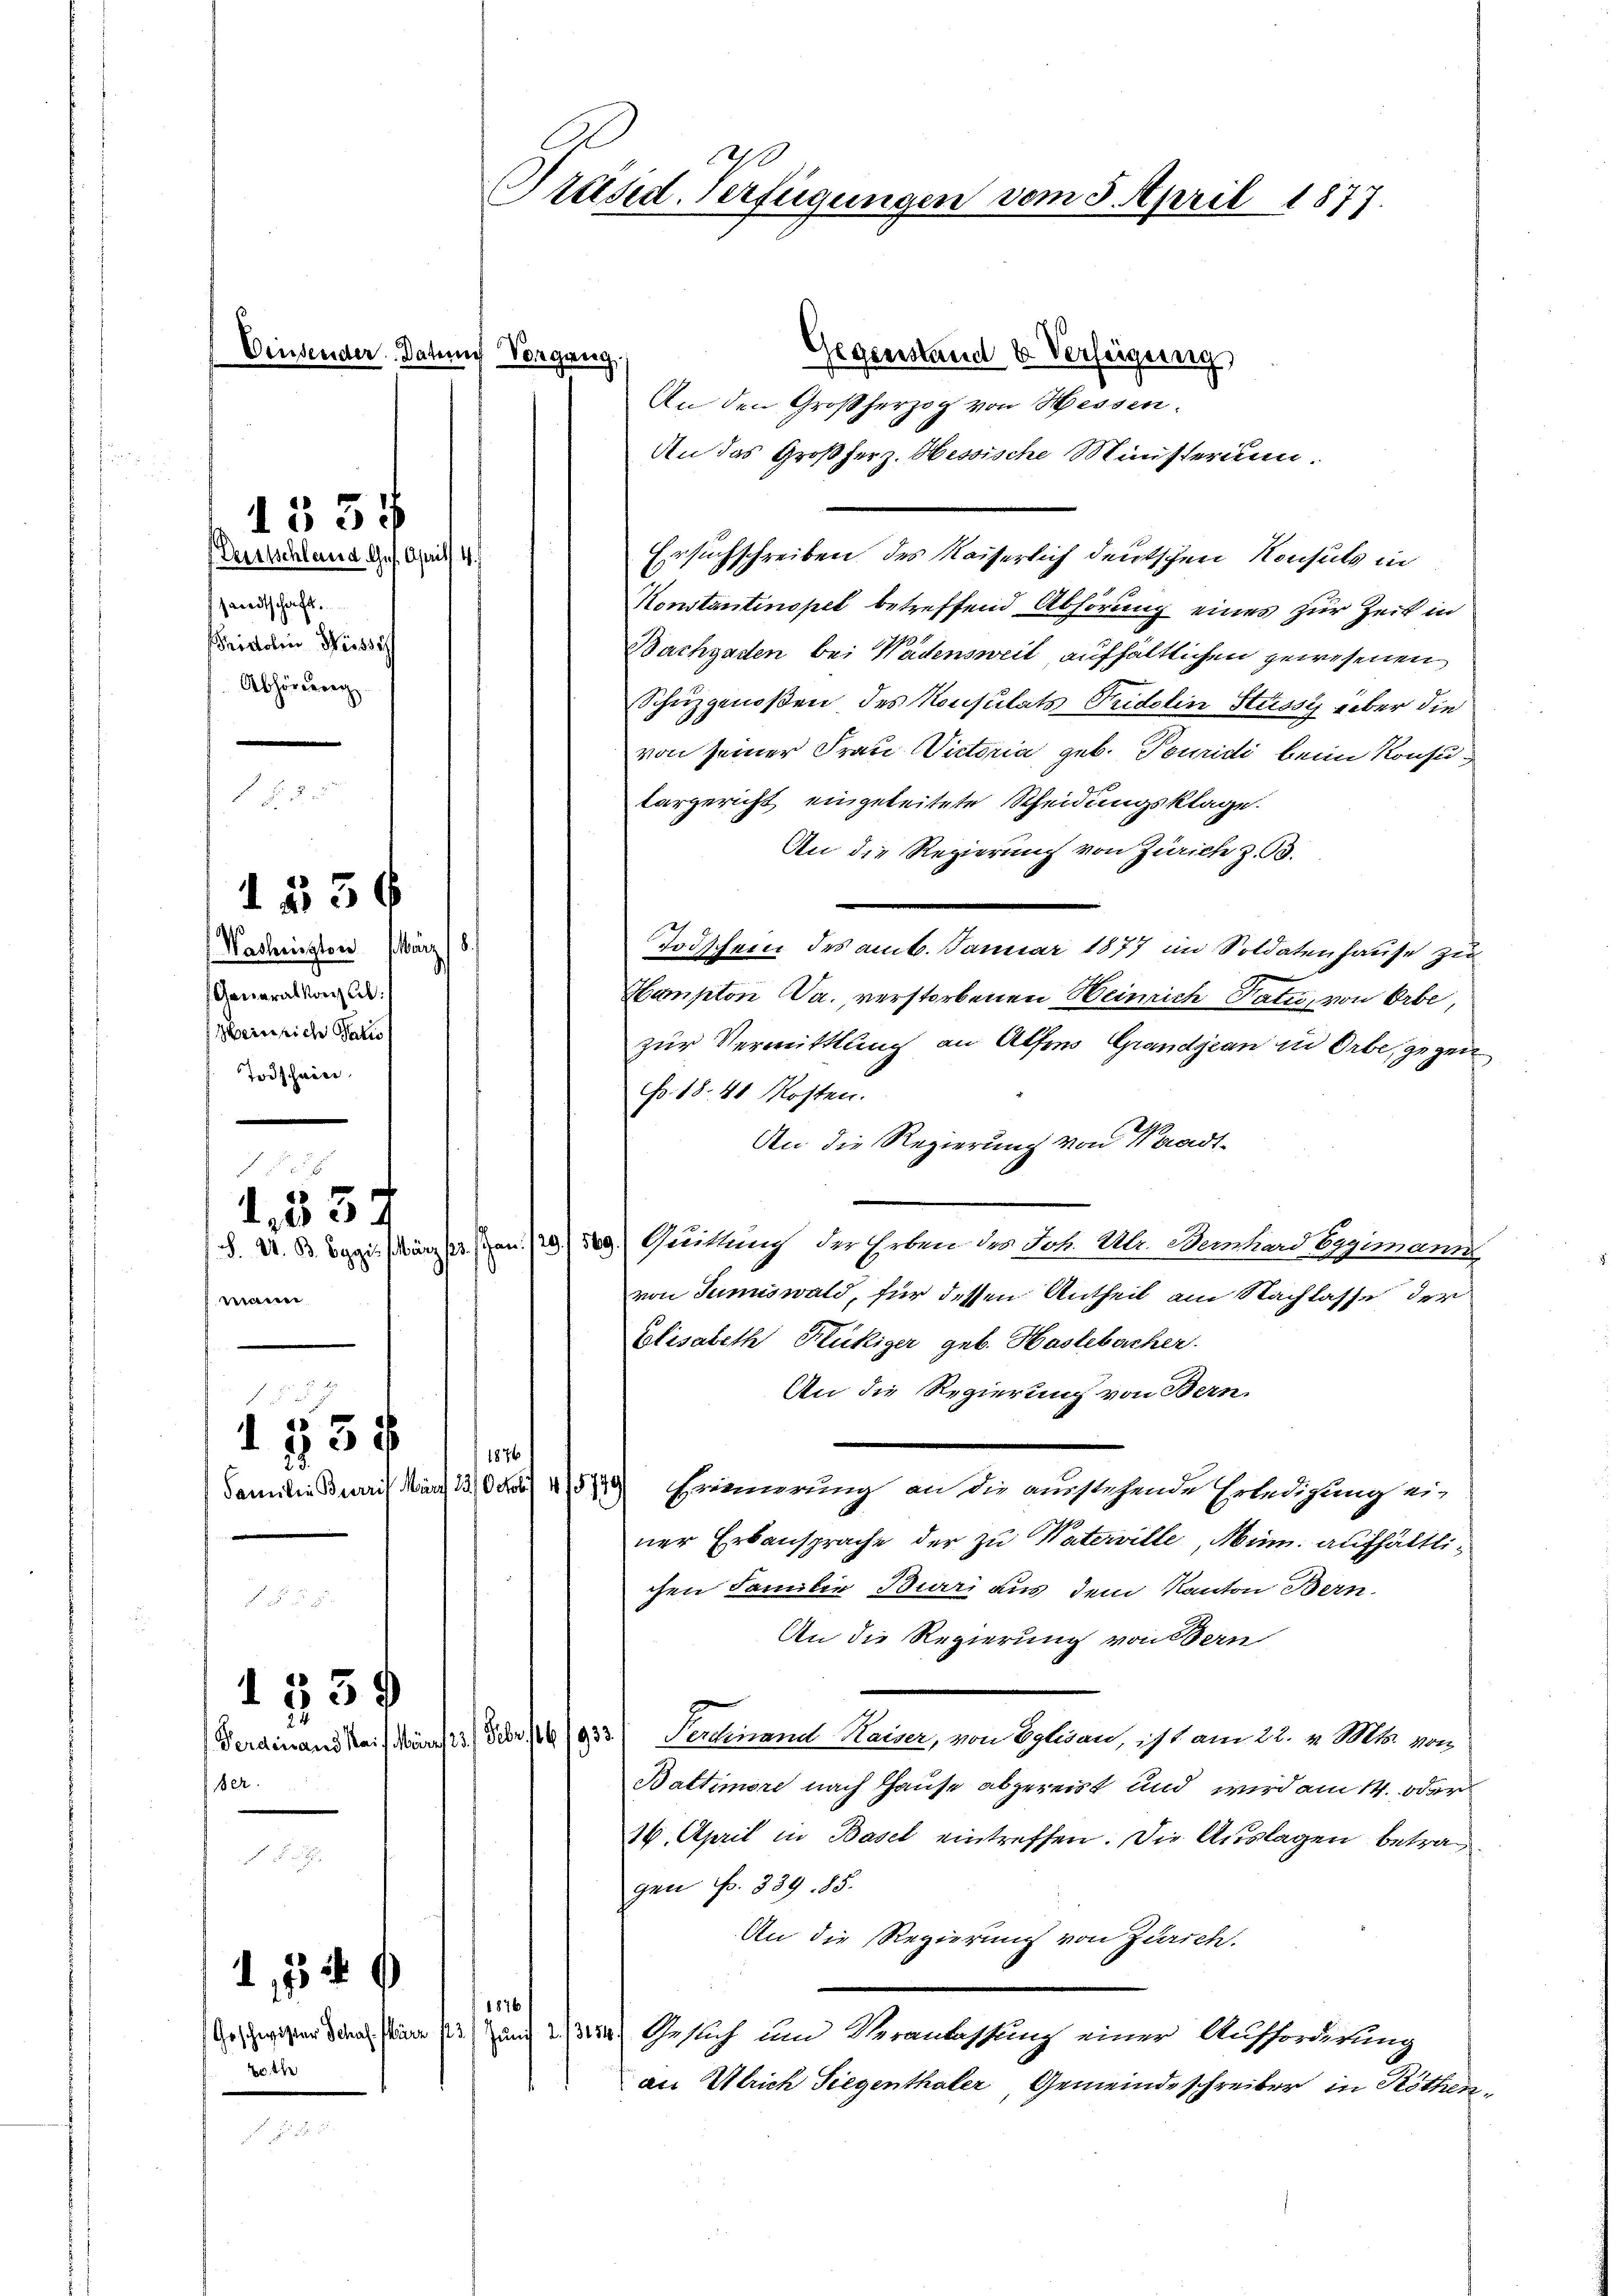
Einsender Datum Vorgang

Gertschland Ges. Aprill 4.
sandtschaft.
Fridolin Wisse
Abhörderig

1534

d. 256

Waschington März 18
Generalkonsul
Hern sich Paris
Todschein

wann

1. 537.

123 f

Ber

1559

24

1,554

Gegenstand u. Verfeigung,
An den Großherzog von Hessen.
An das Großherz. Hessische Ministerium.
Ersuchschreiben des Kaiserlich deutschen Konsuls in
Konstantinopel betreffend Abhörung eines zur Zeit in
Bachgaden bei Wädensweil aufhältlichen gewesenen
Schuzgenoßen des Konsulats Tridelin Stüssy über die
von seiner Frau Victoria geb. Pouridi beim Konsukargericht eingeleitete Scheidungsklage.
An die Regierung von Zürich z. 93.
Todschein des am 6. Januar 1877 im Soldatenhause zu
Hampton Da., verstorbenen Heinrich Satu, von Orbe,
zur Vermittlung an Alfons Grandjean in Orbe, gegen
Fr. 18. 48 Kosten.
An die Regierung von Waadt¬
S. U. B. Eggis Märztes (an 20. 529.) Gutnach der Erben des Joh. Ulr. Weinhard begimann
von Sumiswald, für dessen Antheil am Nachlasse der
Elisabeth Kukiger geb. Haslebacher.
An die Regierung von Bern.
1876
Familie Bearis März 130. 45749) Erinnerung an die ausstehende Erledigung einer Erbansprache der zu Vaterville, Num. aufhältlichen Familie Bieri aus dem Kanton Bern.
An die Regierung von Bern
Ferdinand kein Man Fr. 10/933) Sentinand Hainer, von Opluan, ist am 22. v. Mts. von
Battimore nach Hause abgereist und wird am 14. Oder
14. April in Basel eintreffen. Die Auslagen betragen Fr. 339. 85.
An die Regierung von Zürich.
1876
(Geschwister das März 3) und 2/3134.) Gesich und Veranlassung einer Aufforderung
an Ulrich Siegenthaler, Gemeinde schreiber in Röthen¬

3
Präsid. Verfügungen vom 3. April 1877.